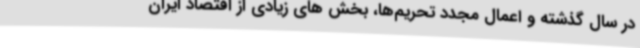
در سال گذشته و اعمال مجدد تحریم‌ها، بخش های زیادی از اقتصاد ایران